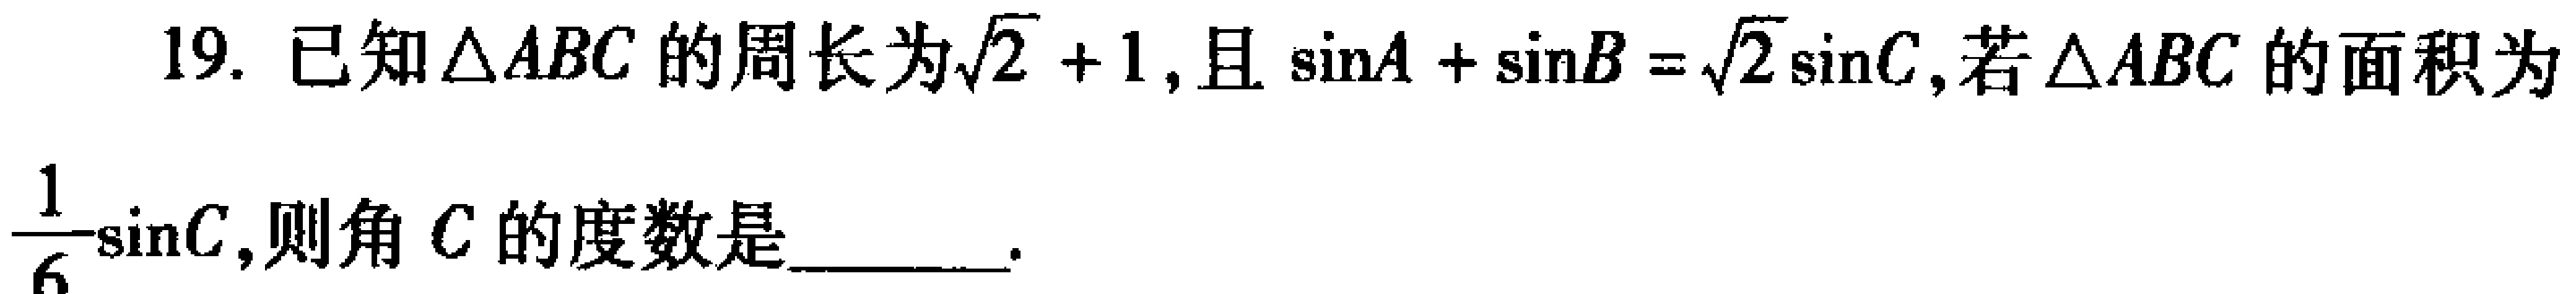
19. 已知\(\triangle ABC\)的周长为\(\sqrt{2} + 1\)，且\(\sin A + \sin B = \sqrt{2}\sin C\)，若\(\triangle ABC\)的面积为\(\frac{1}{6}\sin C\)，则角\(C\)的度数是  。